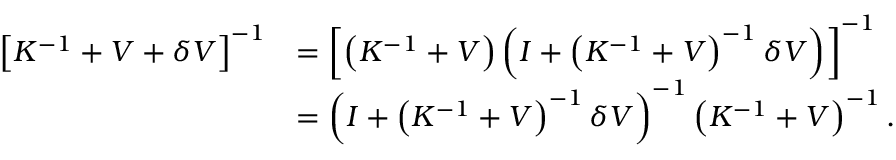
\begin{array} { r l } { \left[ K ^ { - 1 } + V + \delta V \right] ^ { - 1 } } & { = \left[ \left( K ^ { - 1 } + V \right) \left( I + \left( K ^ { - 1 } + V \right) ^ { - 1 } \delta V \right) \right] ^ { - 1 } } \\ & { = \left( I + \left( K ^ { - 1 } + V \right) ^ { - 1 } \delta V \right) ^ { - 1 } \left( K ^ { - 1 } + V \right) ^ { - 1 } . } \end{array}